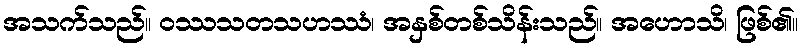
အသက်သည်။ ဝဿသတသဟဿံ၊ အနှစ်တစ်သိန်းသည်။ အဟောသိ၊ ဖြစ်၏။